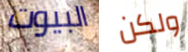
البيوت ولكن